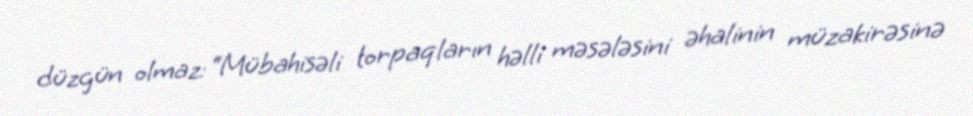
düzgün olmaz: “Mübahisəli torpaqların həlli məsələsini əhalinin müzakirəsinə